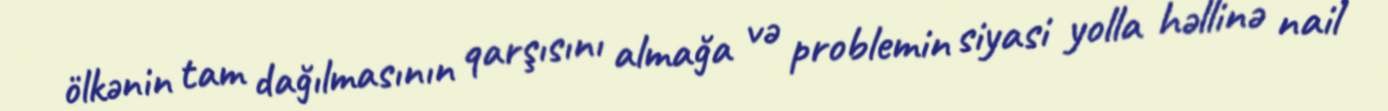
ölkənin tam dağılmasının qarşısını almağa və problemin siyasi yolla həllinə nail